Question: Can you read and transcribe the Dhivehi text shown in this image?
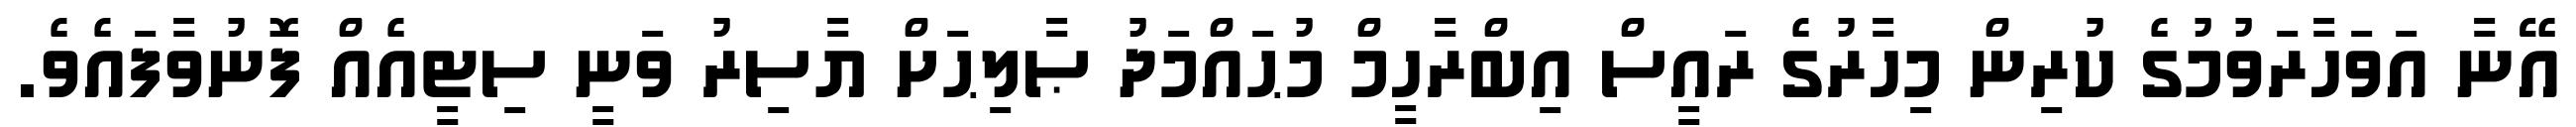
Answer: އޭނާ އަވަހާރަވުމުގެ ކުރިން މިހާރުގެ ރައީސް އިބްރާހީމް މުޙައްމަދު ޞާލިޙަށް ޔާސިރު ވަނީ ސިޓީއެއް ފޮނުވާފައެވެ.